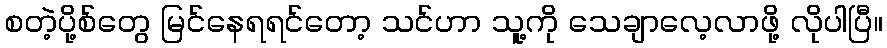
စတဲ့ပို့စ်တွေ မြင်နေရရင်တော့ သင်ဟာ သူ့ကို သေချာလေ့လာဖို့ လိုပါပြီ။